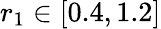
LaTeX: r_{1}\in[0.4,1.2]